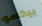
بيكاسو